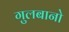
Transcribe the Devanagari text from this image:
गुलबानो